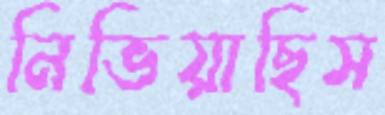
নিভিয়াছিস